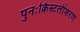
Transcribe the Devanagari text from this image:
पुनःर्क्रिस्टलीकरण